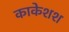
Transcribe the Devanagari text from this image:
काकेशश